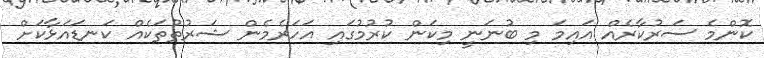
ކޮންމެ ސަރުކާރެއް އައިމަ މި ބުނަނީ މިކަން ކުރުމުގައި އަހަރެމެން ޝަރުތުތަކެއް ކަނޑައަޅާކަށް